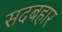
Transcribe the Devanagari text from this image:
सदबहार